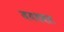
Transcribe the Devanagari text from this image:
जयधवल